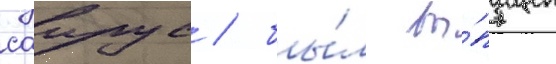
саирус / бы́л вы́пущен